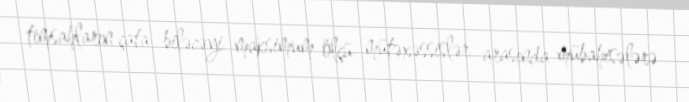
timsahların çata biləcəyi maksimum ölçü mütəxəssislər arasında mübahisələrə